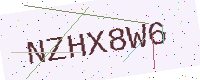
Text: NZHX8W6